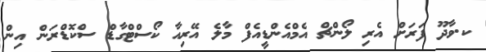
ކ.ވާދޫ ފަރަށް އެރި ލޯންޗް އެމްއެންޑީއެފް މާލެ އޭރިއާ ކޯސްޓްގާޑް ސްކޮޑްރަން އިން